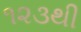
૧૨૩થી